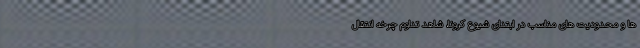
ها و محدودیت های مناسب در ابتدای شیوع کرونا، شاهد تداوم چرخه انتقال